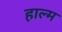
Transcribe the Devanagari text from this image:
हाल्म